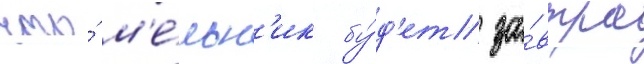
что́ м'е́льн'ик бу́д'ет за́втра